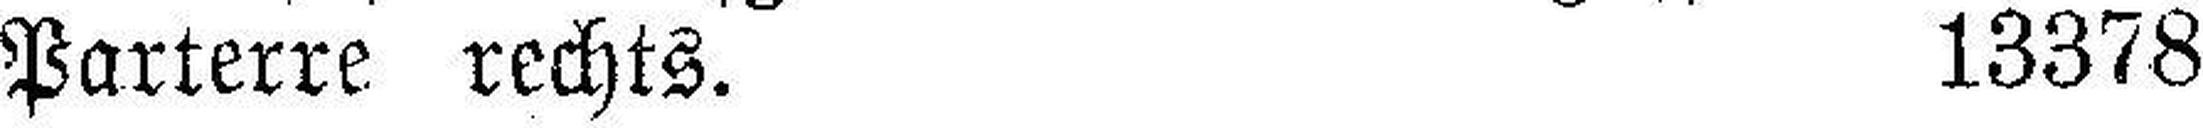
Parterre rechts. 13378